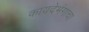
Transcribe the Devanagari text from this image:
कायदेभंगाचा